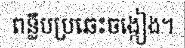
ពន្លឹបប្រឆេះចង្កៀង។